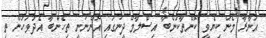
އަނާރާ މެން ކިޔެވީ ކޮންތާކުންބާ އިސްލާމް ދީނުގައި އޮންނަނީ ތިހެންބާ އެދުވަހުން ތި